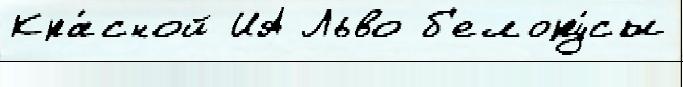
Кра́сной ИА Льво б'елору́сы